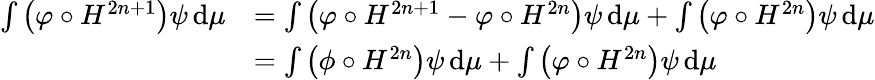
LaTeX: \begin{array}{rl}{\int\left(\varphi\circ H^{2n+1}\right)\psi\, \mathrm{d}\mu}&{=\int\left(\varphi\circ H^{2n+1}-\varphi\circ H^{2n}\right)\psi\, \mathrm{d}\mu+\int\left(\varphi\circ H^{2n}\right)\psi\, \mathrm{d}\mu}\\ &{=\int\left(\phi\circ H^{2n}\right)\psi\, \mathrm{d}\mu+\int\left(\varphi\circ H^{2n}\right)\psi\, \mathrm{d}\mu}\end{array}